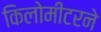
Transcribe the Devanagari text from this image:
किलोमीटरने